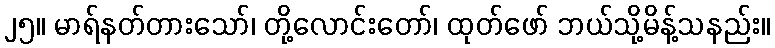
၂၅။ မာရ်နတ်တားသော်၊ တို့လောင်းတော်၊ ထုတ်ဖော် ဘယ်သို့မိန့်သနည်း။